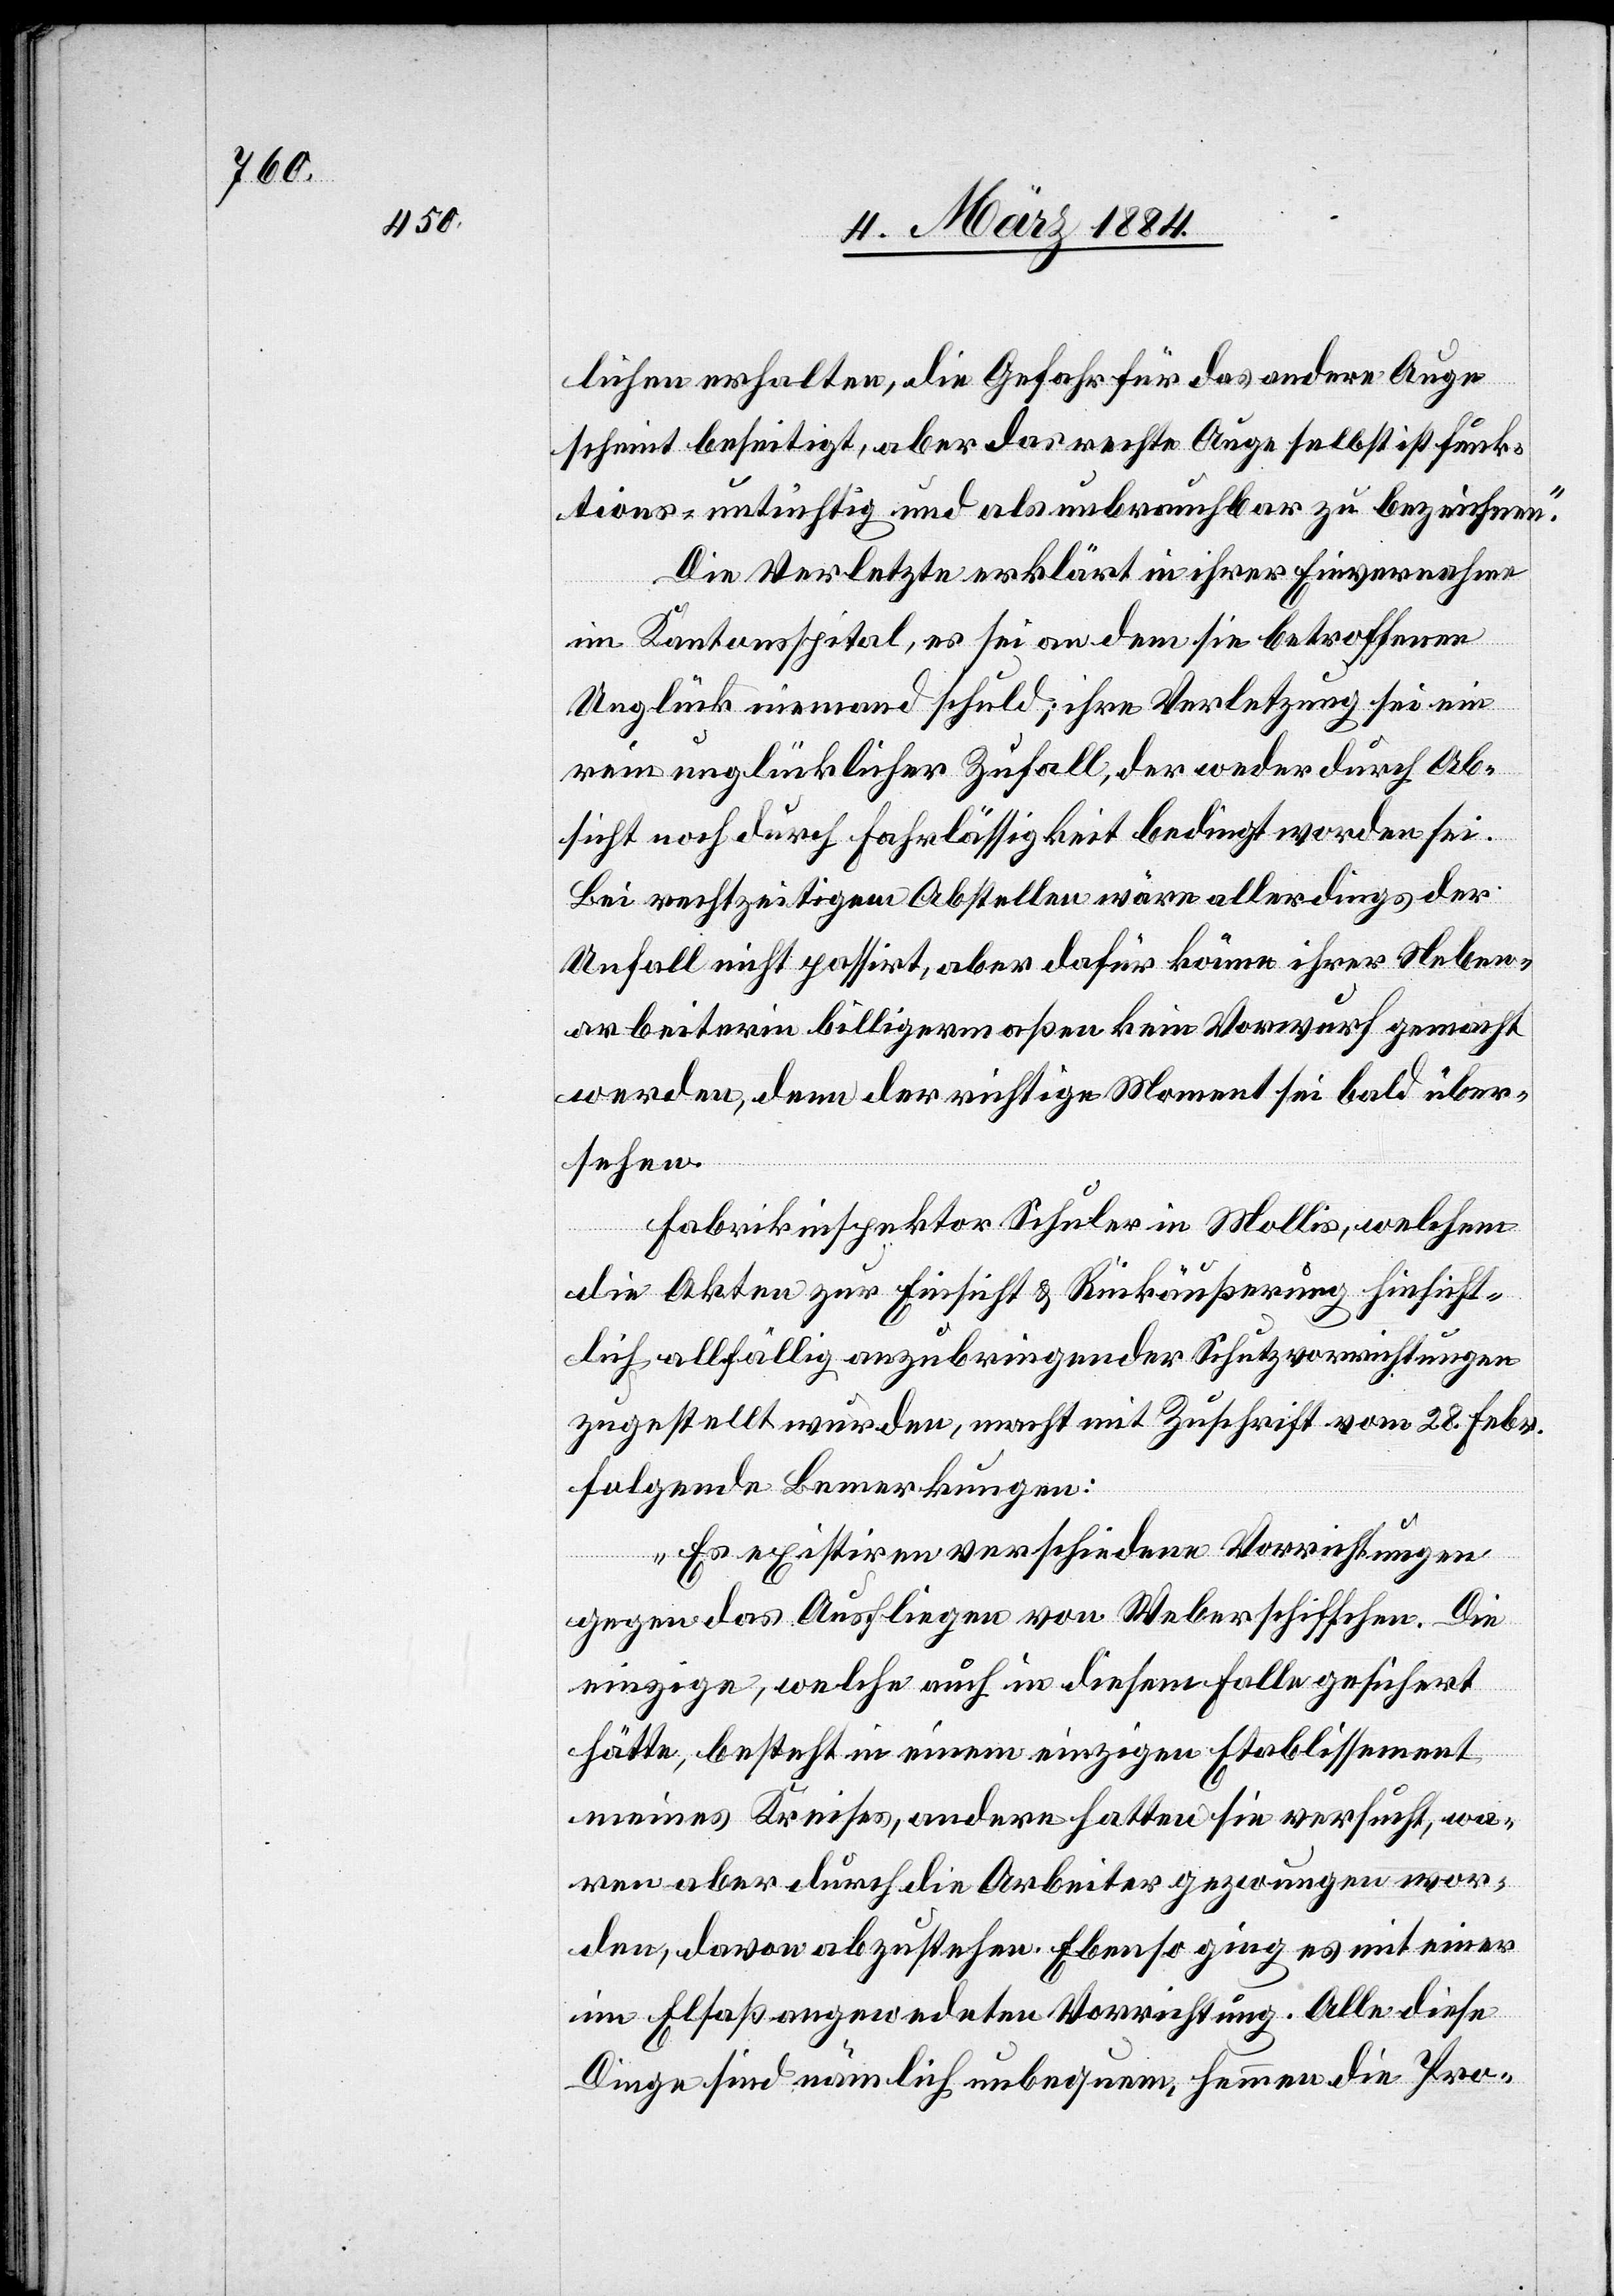
lichen erhalten, die Gefahr für das andere Auge
scheint beseitigt, aber das rechte Auge selbst ist funk¬
tions-untüchtig und als unbrauchbar zu bezeichnen.“
Die Verletzte erklärt in ihrer Einvernahme
im Kantonsspital, es sei an dem sie betroffenen
Unglück niemand Schuld; ihre Verletzung sei ein
rein unglücklicher Zufall, der weder durch Ab¬
sicht noch durch Fahrlässigkeit bedingt worden sei.
Bei rechtzeitigem Abstellen wäre allerdings der
Unfall nicht passirt, aber dafür könne ihre Neben¬
arbeiterin billigermaßen kein Vorwurf gemacht
werden, denn der richtige Moment sei bald über¬
sehen.
Fabrikinspektor Schuler in Mollis, welchem
die Akten zur Einsicht & Rückäußerung hinsicht¬
lich allfällig anzubringender Schutzvorrichtungen
zugestellt wurden, macht mit Zuschrift vom 28. Febr.
folgende Bemerkungen;
„Es existiren verschiedene Vorrichtungen
gegen das Ausfliegen von Weberschiffchen. Die
einzige, welche auch in diesem Falle gesichert
hätte, besteht in einem einzigen Etablissement
meines Kreises, andere hatten sie versucht, wa¬
ren aber durch die Arbeiter gezwungen wor¬
den, davon abzustehen. Ebenso ging es mit einer
im Elsaß angewendeten Vorrichtung. Alles diese
Dinge sind nämlich unbequem, hemmen die Pro-